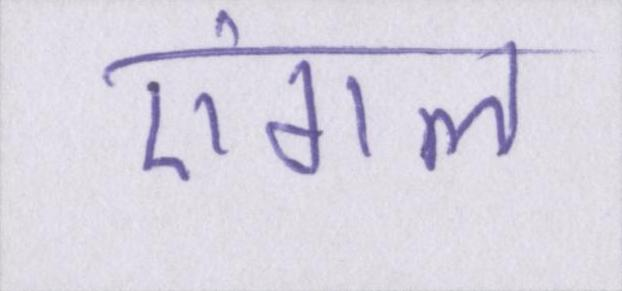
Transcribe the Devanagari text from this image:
एंगल